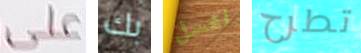
على بك لغسل تطرح